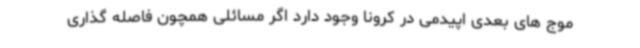
موج های بعدی اپیدمی در کرونا وجود دارد اگر مسائلی همچون فاصله گذاری